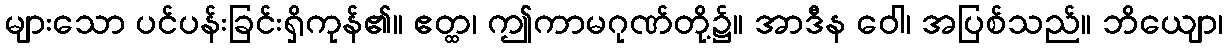
များသော ပင်ပန်းခြင်းရှိကုန်၏။ ဧတ္ထ၊ ဤကာမဂုဏ်တို့၌။ အာဒီန ဝေါ၊ အပြစ်သည်။ ဘိယျော၊